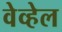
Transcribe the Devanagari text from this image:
वेव्हेल